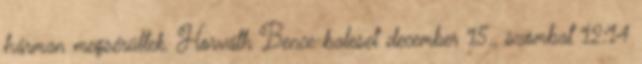
hárman megsérültek. Horváth Bence baleset december 15., szombat 12:14